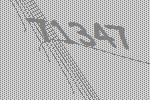
71347